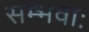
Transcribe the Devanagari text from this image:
सम्भवाः